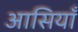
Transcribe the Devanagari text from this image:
आसियाँ